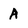
Character: A